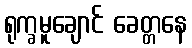
ရုက္ခမူချောင် ခေတ္တနေ